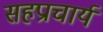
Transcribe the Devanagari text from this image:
सहप्राचार्य